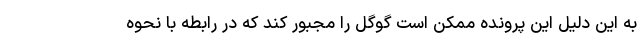
به این دلیل این پرونده ممکن است گوگل را مجبور کند که در رابطه با نحوه